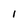
Character: 1